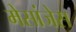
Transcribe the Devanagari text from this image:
मेसांजेस